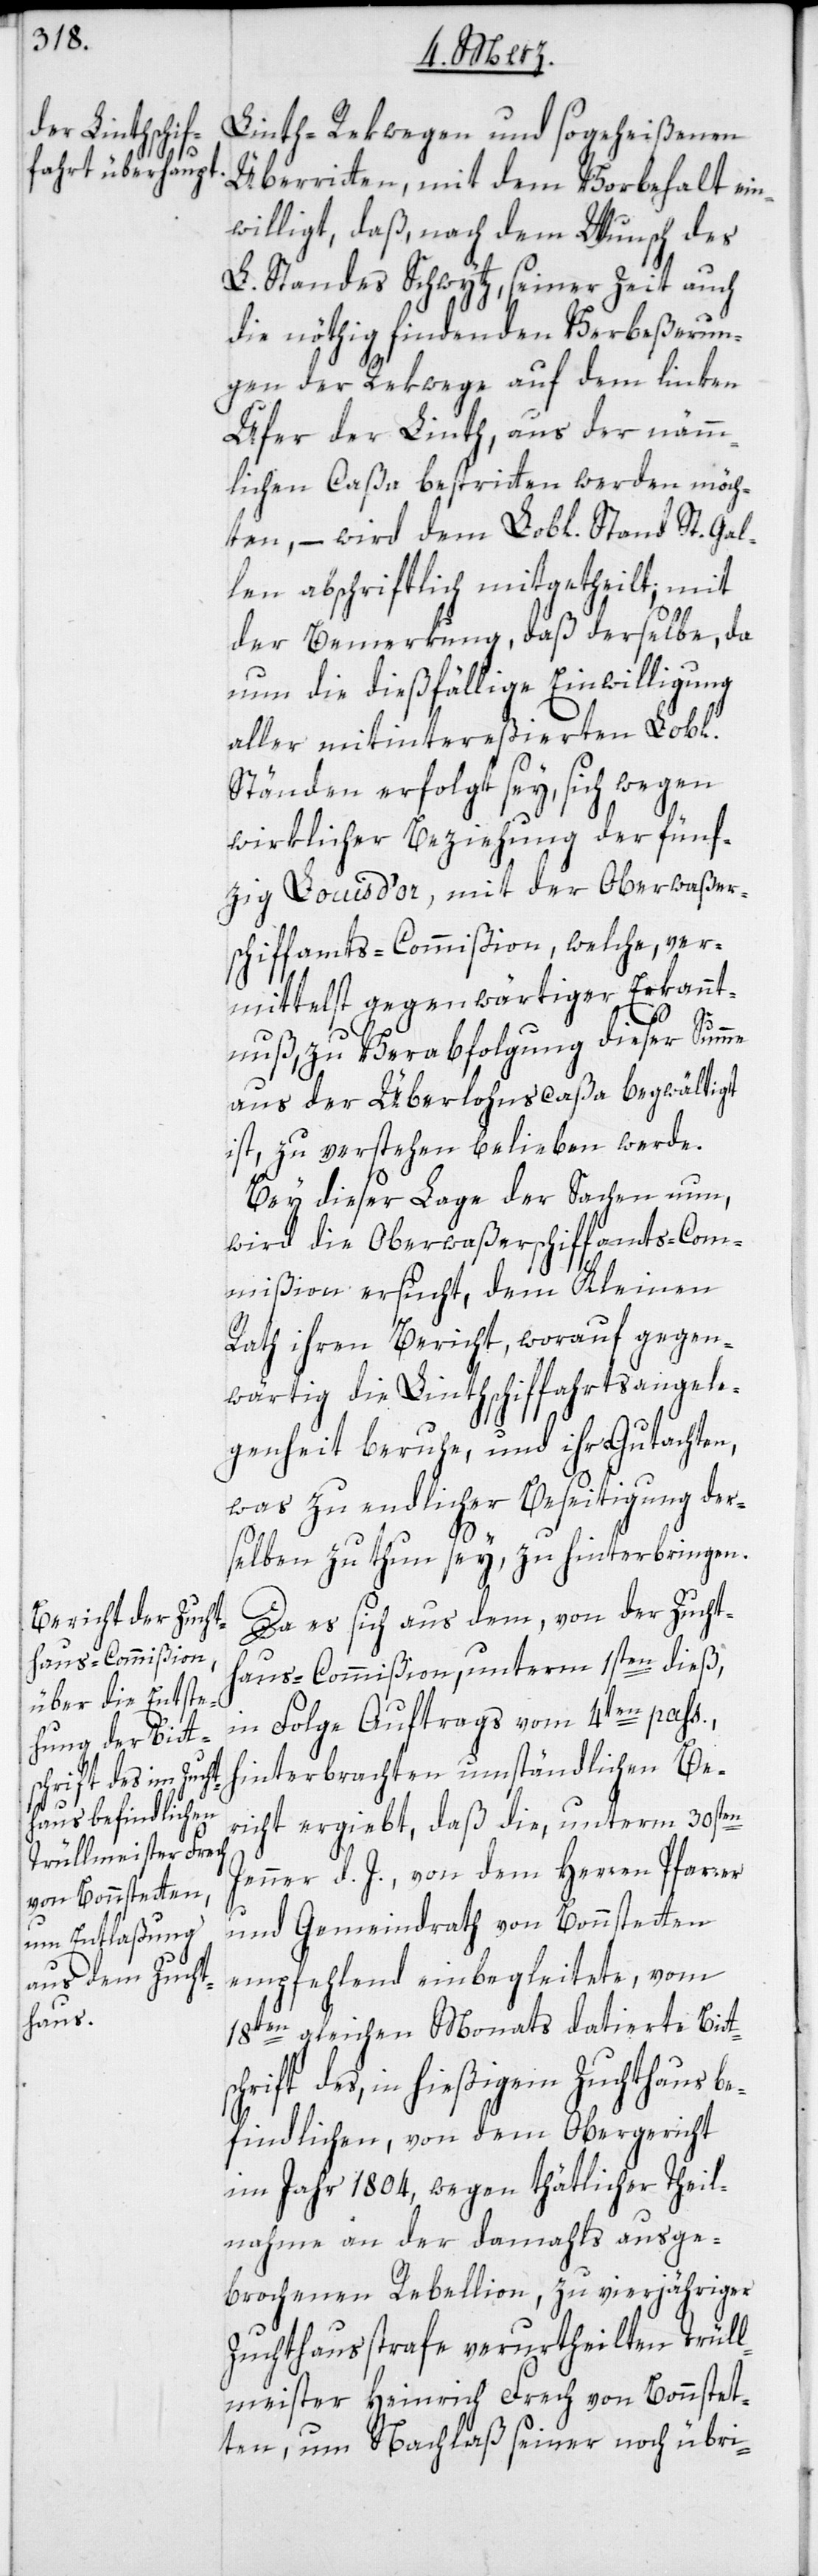
Linth-Rekwegen und sogeheißenen
Überritten, mit dem Vorbehalt ein¬
willigt, daß, nach dem Wunsch des
L. Standes Schwytz, seiner Zeit auch
die nöthig findenden Verbeßerun¬
gen der Rekwege auf dem linken
Ufer der Linth, aus der nämm¬
lichen Caßa bestritten werden möch¬
ten, – wird dem Lobl. Stand St. Gal¬
len abschriftlich mitgetheilt; mit
der Bemerkung, daß derselbe, da
nun die dießfällige Einwilligung
aller mitintereßierten Lobl.
Ständen erfolgt sey, sich wegen
wirklicher Beziehung der fünf¬
zig Louisd’or, mit der Oberwaßers¬
chiffamts-Commißion, welche, ver¬
mittelst gegenwärtiger Erkannt¬
ts¬
nuß, zu Verabfolgung dieser Summe
aus der Überlohnscaßa begwältigt
ist, zu verstehen belieben werde.
Bey dieser Lage der Sachen nun,
wird die Oberwaßerschiffamts-Com¬
mißion ersucht, dem Kleinen
Rath ihren Bericht, worauf gegen¬
wärtig die Linthschiffahrtsangele¬
genheit beruhe, und ihr Gutachten,
was zu endlicher Beseitigung der¬
selben zu thun sey, zu hinterbringen.
Da es sich aus dem, von der Zuchth¬
aus-Commißion, unterm 1sten dieß,
in Folge Auftrags vom 4ten pass.,
hinterbrachten umständlichen Be¬
richt ergibt, daß die unterm 30sten
Jenner d. J. von dem Herren Pfarrer
und Gemeindrath von Bonstetten
empfehlend einbegleitete, vom
18ten gleichen Monats datierte Bit¬
chrift des, in hießigem Zuchthaus be¬
findlichen, von dem Obergericht
im Jahr 1804, wegen thätlicher Theil¬
nahme an der damahls ausge¬
brochenen Rebellion, zu vierjähriger
Zuchthausstrafe verurtheilten Trüll¬
meister Heinrich Frech von Bonstet¬
ten, um Nachlaß seiner noch übri-